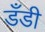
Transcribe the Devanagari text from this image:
डँडी